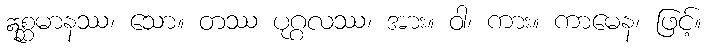
ဣစ္ဆမာနဿ၊ သော။ တဿ ပုဂ္ဂလဿ၊ အား။ ဝါ၊ ကား။ ကာမေန၊ ဖြင့်။